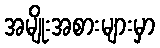
အမျိုးအစားများမှာ